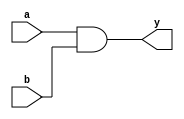
module sub_module1(input a , input b , output y);
 assign y = a & b;
endmodule


module sub_module2(input a , input b , output y);
 assign y = a^b;
endmodule


module multiple_module_opt(input a , input b , input c , input d , output y);
wire n1,n2,n3;

sub_module1 U1 (.a(a) , .b(1'b1) , .y(n1));
sub_module2 U2 (.a(n1), .b(1'b0) , .y(n2));
sub_module2 U3 (.a(b), .b(d) , .y(n3));

assign y = c | (b & n1); 


endmodule